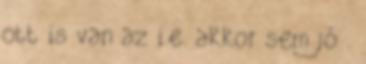
ott is van az i.e. akkor sem jó .